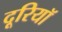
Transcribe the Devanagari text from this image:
दूरियॉ